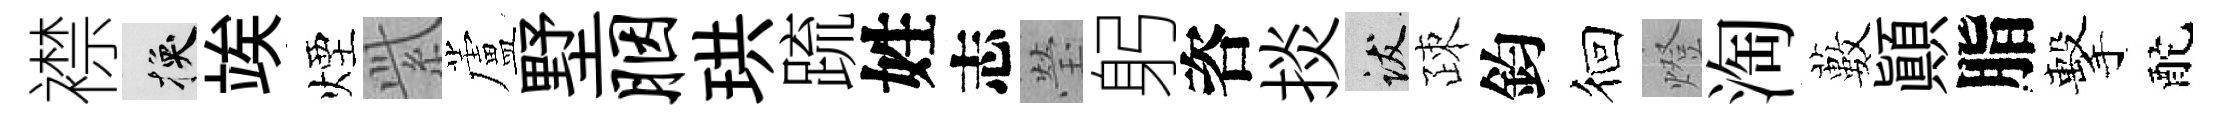
襟换竢煙𬗋蘆墅胭珙䟽姓志瑩躬咨掞跋疎鈞徊燈淘藪顚脂擊酡